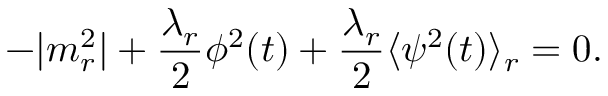
- | m _ { r } ^ { 2 } | + \frac { \lambda _ { r } } { 2 } \phi ^ { 2 } ( t ) + \frac { \lambda _ { r } } { 2 } \langle \psi ^ { 2 } ( t ) \rangle _ { r } = 0 .